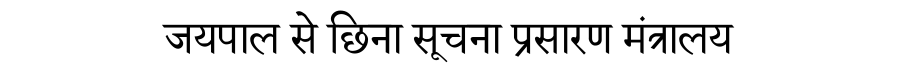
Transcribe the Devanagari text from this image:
जयपाल से छिना सूचना प्रसारण मंत्रालय